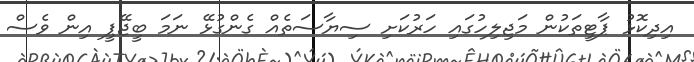
އިދިކޮޅު ޕާޓީތަކުން މަޖިލިހުގައި ހަރުކަށި ސިޔާސަތެއް ގެންގުޅޭ ނަމަ ބީޖޭޕީ އިން ވެސް